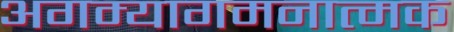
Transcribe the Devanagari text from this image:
अगम्यागमनात्मक